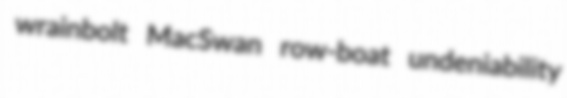
wrainbolt MacSwan row-boat undeniability